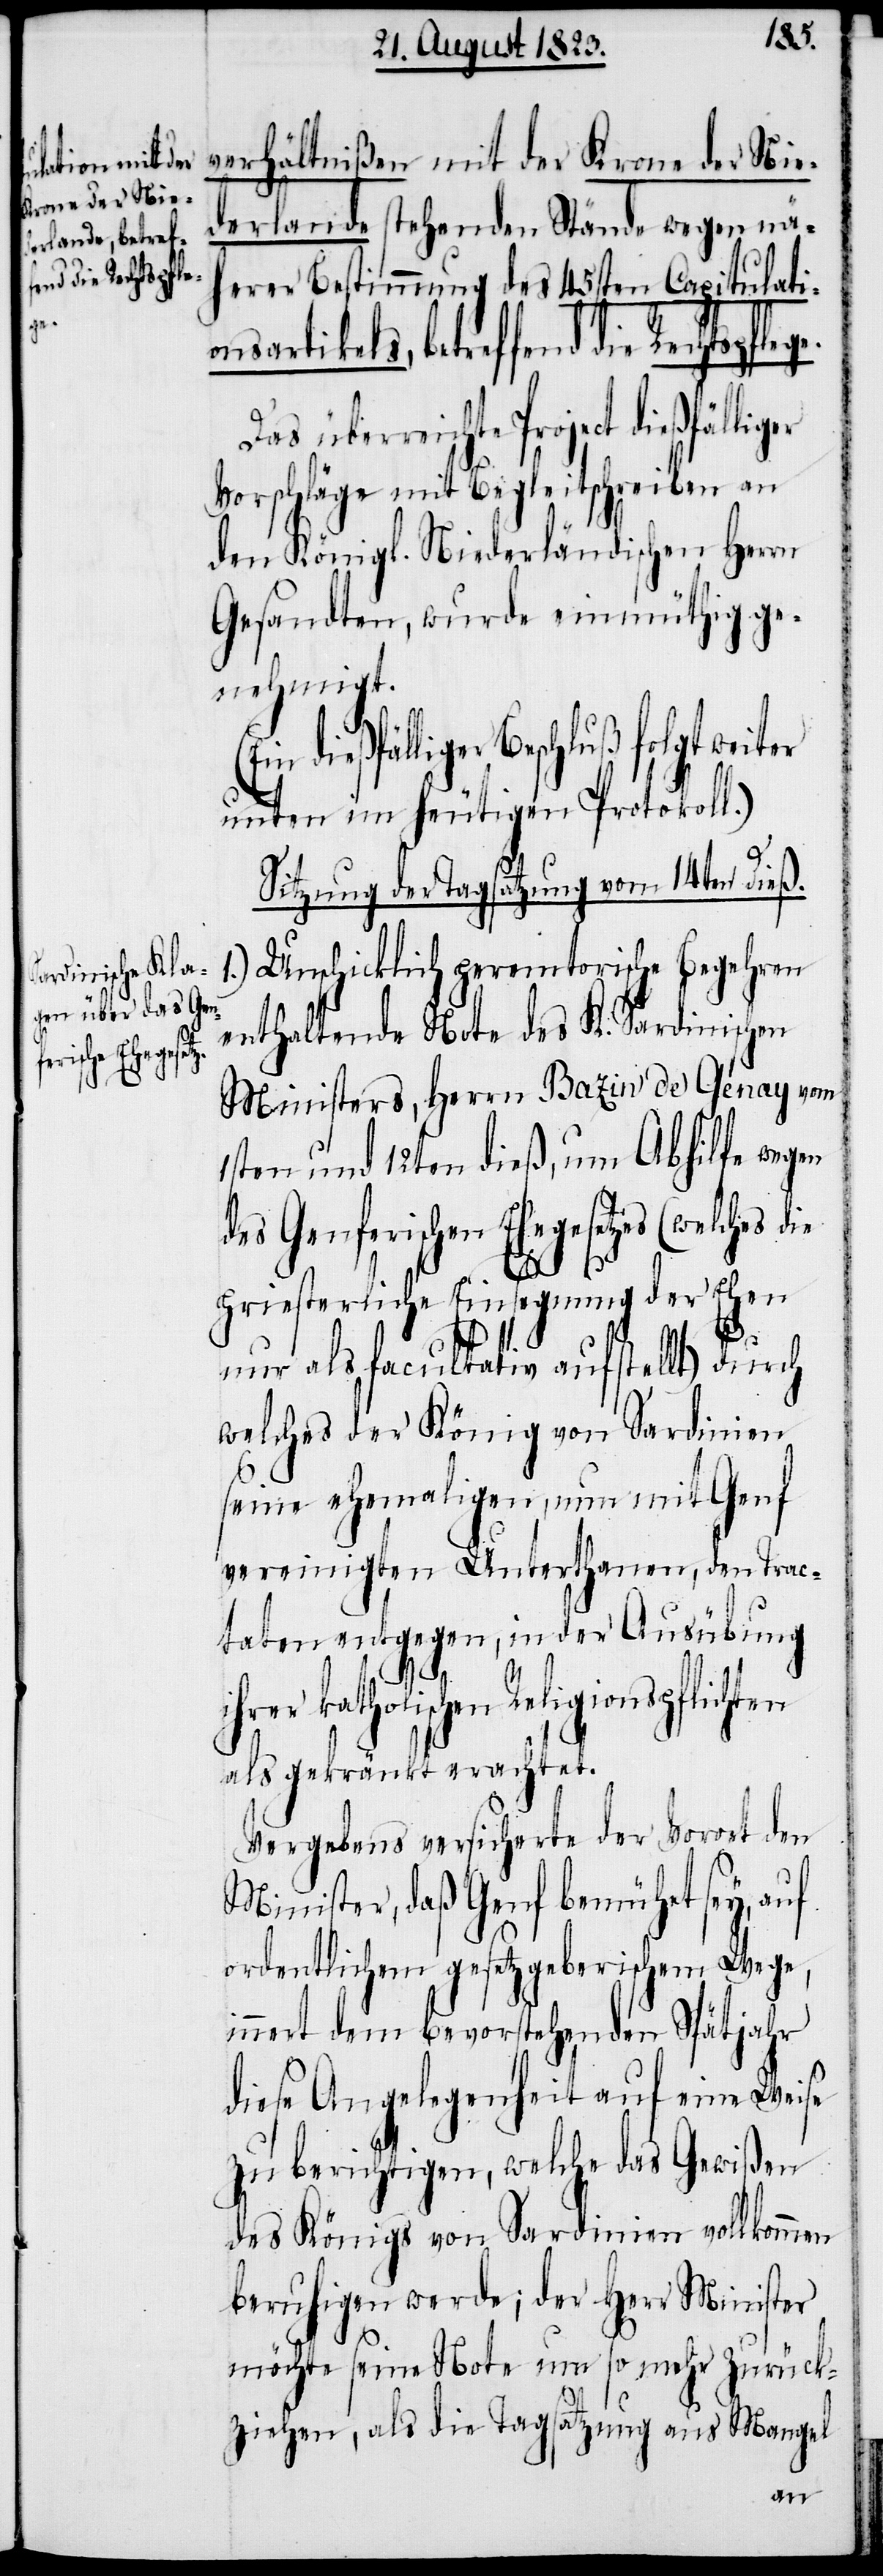
verhältnißen mit der Krone der Nie¬
derlande stehende Stände wegen näh¬
erer Bestimmung des 45sten Capitulati¬
ge.
sartikels, betreffend die Rechtspfle¬
Das überreichte Project dießfälliger
Vorschläge mit Begleitschreiben an
den Königl. Niederländischen Herrn
Gesandten, wurde einmüthig ge¬
nehmigt.
dießfälliger Beschluß folgt
unten im heutigen Protokoll.)
Sitzung der Tagsatzungen vom 14ten dieß.
Unschicklich peremtorische Begehren
enthaltende Note des K. Sardinischen
Ministers, Herrn Bazin de Génay vom
1sten und 12ten dieß, um Abhilfe wegen
des Genferischen Ehegesetzes (welches die
priesterliche Einsegnung der Ehen
nur als facultativ aufstellt) durch
welches der König von Sardinien
seine ehemaligen, nun mit Genf
vereinigten Unterthanen, den Trac¬
taten entgegen, in der Ausübung
katholischen Religionspflich¬
als gekränkt erachtet.
Vergebens versicherte der Vorort den
Minister, daß Genf bemühet sey, auf
ordentlichem gesetzgeberischem Wege,
innert dem bevorstehenden Spätjahr
diese Angelegenheit auf eine Weise
zu berichtigen, welche das Gewißen
des Königs von Sardinien vollkommen
beruhigen werde; der Herr Minister
möchte seine Note um so mehr zurück¬
ziehen, als die Tagsatzung aus Mangel
ten